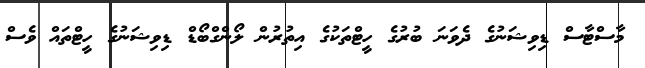
މާސްޓާސް ޑިވިޝަނުގެ ދެވަނަ ބުރުގެ ހީޓްތަކުގެ އިތުރުން ލޯންގްބޯޑް ޑިވިޝަނުގެ ހީޓްތައް ވެސް